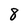
Character: 8